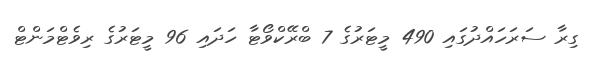
ގިރާ ސަރަހައްދުގައި 490 މީޓަރުގެ 7 ބްރޭކްވޯޓާ ހަދައި 96 މީޓަރުގެ ރިވެޓްމަންޓް